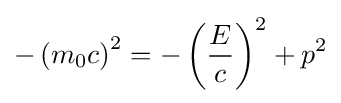
-\left(m_{0}c\right)^{2}=-\left({\frac {E}{c}}\right)^{2}+p^{2}